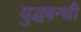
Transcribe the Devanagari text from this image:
युद्धबन्धी